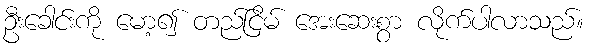
ဦးခေါင်းကို မော့၍ တည်ငြိမ် အေးဆေးစွာ လိုက်ပါလာသည်။